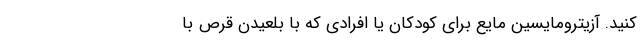
کنید. آزیترومایسین مایع برای کودکان یا افرادی که با بلعیدن قرص با